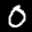
Label: 0